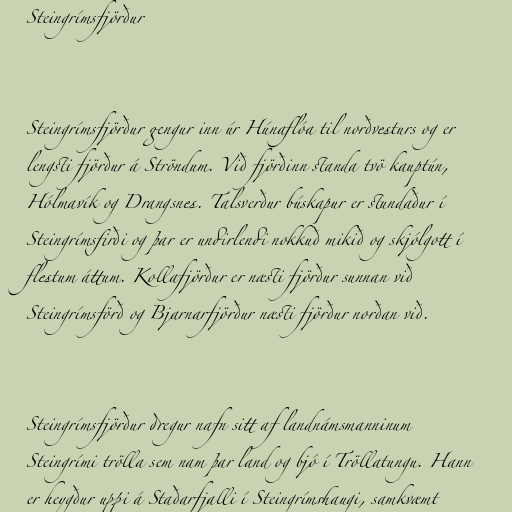
Steingrímsfjörður

Steingrímsfjörður gengur inn úr Húnaflóa til norðvesturs og er
lengsti fjörður á Ströndum. Við fjörðinn standa tvö kauptún,
Hólmavík og Drangsnes. Talsverður búskapur er stundaður í
Steingrímsfirði og þar er undirlendi nokkuð mikið og skjólgott í
flestum áttum. Kollafjörður er næsti fjörður sunnan við
Steingrímsförð og Bjarnarfjörður næsti fjörður norðan við.

Steingrímsfjörður dregur nafn sitt af landnámsmanninum
Steingrími trölla sem nam þar land og bjó í Tröllatungu. Hann
er heygður uppi á Staðarfjalli í Steingrímshaugi, samkvæmt